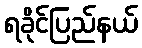
ရခိုင်ပြည်နယ်